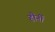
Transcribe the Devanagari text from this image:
हौर्नी